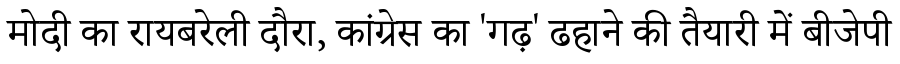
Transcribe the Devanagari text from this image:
मोदी का रायबरेली दौरा, कांग्रेस का 'गढ़' ढहाने की तैयारी में बीजेपी